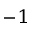
^ { - 1 }